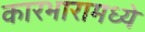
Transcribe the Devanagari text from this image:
कारभारामध्ये